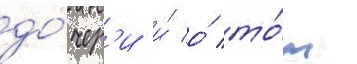
до́чер'и и́ о́ то́м